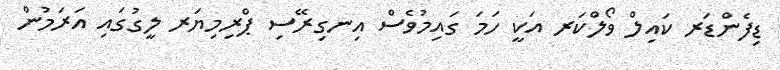
ޑިފެންޑަރ ކައިލް ވޯލްކަރ އަކީ ހަމަ ގައިމުވެސް އިނގިރޭސި ޕްރިމިޔަރ ލީގުގައި އަރަމުން